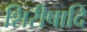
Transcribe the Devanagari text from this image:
शिरीषादि